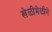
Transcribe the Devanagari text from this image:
खेळीमेळीने